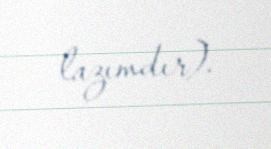
lazımdır).